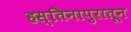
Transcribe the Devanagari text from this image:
हस्तिनापुरातून